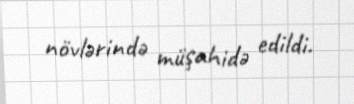
növlərində müşahidə edildi.